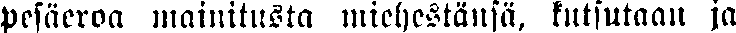
pesäeroa mainitusta miehestänsä, kutsutaan ja